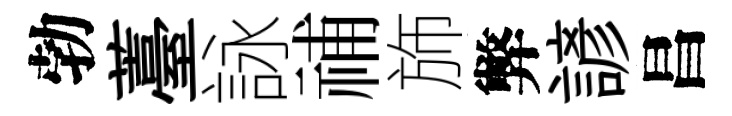
勃薹詠𥙷斾弊諺昌